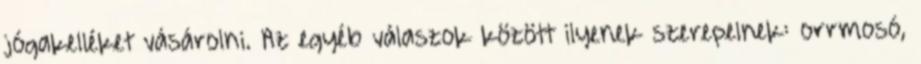
jógakelléket vásárolni. Az egyéb válaszok között ilyenek szerepelnek: orrmosó,